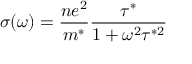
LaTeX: \sigma ( \omega ) = { \frac { n e ^ { 2 } } { m ^ { * } } } { \frac { \tau ^ { * } } { 1 + \omega ^ { 2 } \tau ^ { * 2 } } }